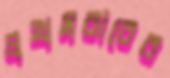
প্রথমবাবের